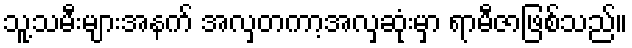
သူ့သမီးများအနက် အလှတကာ့အလှဆုံးမှာ ရာမီဇာဖြစ်သည်။